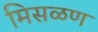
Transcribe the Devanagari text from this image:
मिसळण